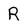
Character: R